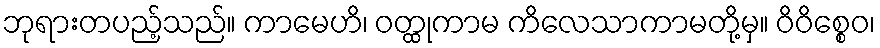
ဘုရားတပည့်သည်။ ကာမေဟိ၊ ဝတ္ထုကာမ ကိလေသာကာမတို့မှ။ ဝိဝိစ္စေဝ၊